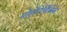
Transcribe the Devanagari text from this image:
मोहोरोविकिक